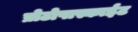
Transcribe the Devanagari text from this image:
प्रोटोपास्काईट